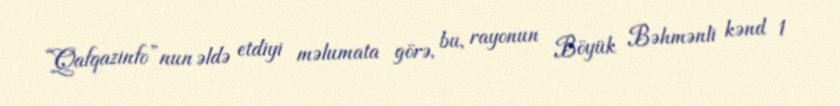
“Qafqazinfo”nun əldə etdiyi məlumata görə, bu, rayonun Böyük Bəhmənli kənd 1